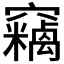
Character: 𱷞